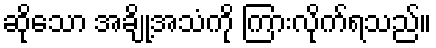
ဆိုသော အချို့အသံကို ကြားလိုက်ရသည်။